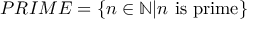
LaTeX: P R I M E = \{ n \in \mathbb { N } | n { \mathrm { ~ i s ~ p r i m e } } \}